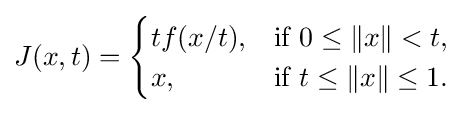
J(x,t)={\begin{cases}tf(x/t),&{\text{if }}0\leq \|x\|<t,\\x,&{\text{if }}t\leq \|x\|\leq 1.\end{cases}}